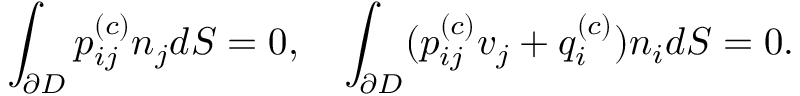
\int _ { \partial D } p _ { i j } ^ { ( c ) } n _ { j } d S = 0 , \quad \int _ { \partial D } ( p _ { i j } ^ { ( c ) } v _ { j } + q _ { i } ^ { ( c ) } ) n _ { i } d S = 0 .